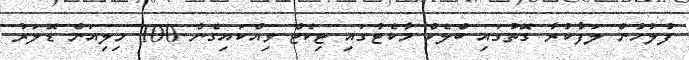
ފުލުހުން ލަފާކުރާ ގޮތުގައި ބްލެކް މާކެޓުގައި ޓިކެޓް ވިއްކައިގެން 100 މިލިއަން ޑޮލަރު